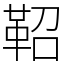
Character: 鞀